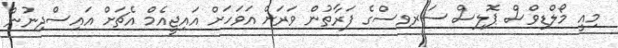
މިއީ މޯލްޑިވްސް ޕޮލިސް ސަރވިސްގެ ފަރާތުން ވަރަށް އަވަހަށް އައިޖީއެމް އެޗަށް އައިސްދިނުން